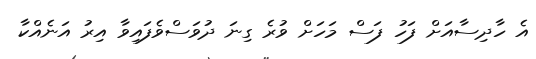
އެ ހާދިސާއަށް ފަހު ފަސް މަހަށް ވުރެ ގިނަ ދުވަސްވެފައިވާ އިރު އަނެއްކާ